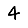
Digit: 4